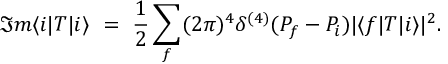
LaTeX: \Im m \langle i | T | i \rangle \ = \ \frac { 1 } { 2 } \sum _ { f } ( 2 \pi ) ^ { 4 } \delta ^ { ( 4 ) } ( P _ { f } - P _ { i } ) | \langle f | T | i \rangle | ^ { 2 } .